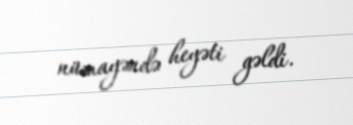
nümayəndə heyəti gəldi.